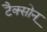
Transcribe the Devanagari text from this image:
टैक्सोन्